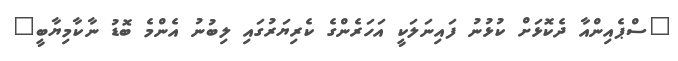
"ސްޕެއިންއާ ދެކޮޅަށް ކުޅުނު ފައިނަލަކީ އަހަރެންގެ ކެރިޔަރުގައި ލިބުނު އެންމެ ބޮޑު ނާކާމިޔާބީ"